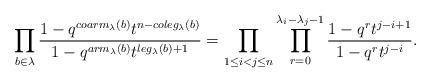
LaTeX: \begin{align*}\prod_{b\in \lambda} \dfrac{1-q^{coarm_\lambda(b)}t^{n-coleg_\lambda(b)}}{1-q^{arm_\lambda(b)}t^{leg_\lambda(b)+1}} =\prod_{1\leq i < j \leq n} \prod_{r=0}^{\lambda_i-\lambda_j-1} \dfrac{1-q^rt^{j-i+1}}{1-q^rt^{j-i}}. \end{align*}